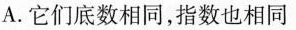
A.它们底数相同，指数也相同